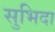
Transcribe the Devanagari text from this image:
सुभिदा